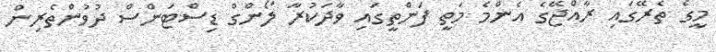
މީގެ ތެރޭގައި ރާއްޖޭގެ އެންމެ މަތީ ފަންތީގައި ވާދަކުރާ ލޯންގް ޑިސްޓަންސް ދުވުންތެރިން